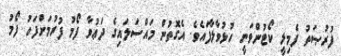
ފުރުޞަތު ފެމިލީ ކޯޓުންވަނީ ހުޅުވާލާފައެވެ. އެގޮތުން މައްސަލައިގެ ދަޢުވާ ފޯމު ފުރުމަށްފަހު ފޯމު